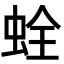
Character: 𧊲